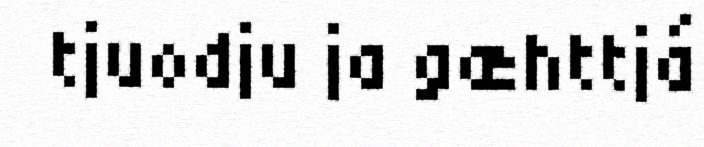
tjuodju ja gæhttjá